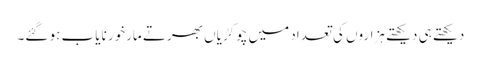
دیکھتے ہی دیکھتے ہزاروں کی تعداد میں چوکڑیاں بھرتے مارخور نایاب ہو گئے۔